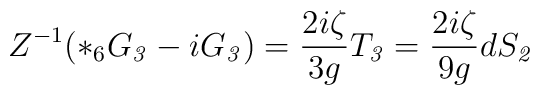
Z^{-1} ({*_6} G_{\it 3} - i G_{\it 3}) = \frac{2i\zeta}{3g} T_{\it 3}= \frac{2i\zeta}{9g} d S_{\it 2}